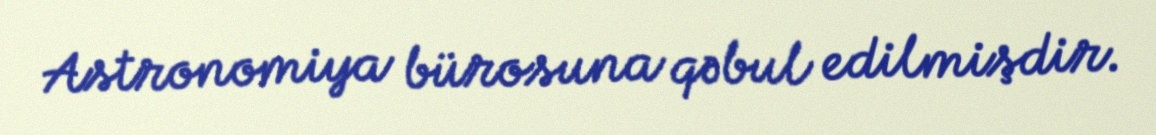
Astronomiya bürosuna qəbul edilmişdir.